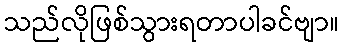
သည်လိုဖြစ်သွားရတာပါခင်ဗျာ။